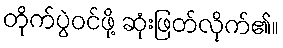
တိုက်ပွဲဝင်ဖို့ ဆုံးဖြတ်လိုက်၏။